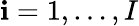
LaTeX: \mathbf{i}=1,\dots,I